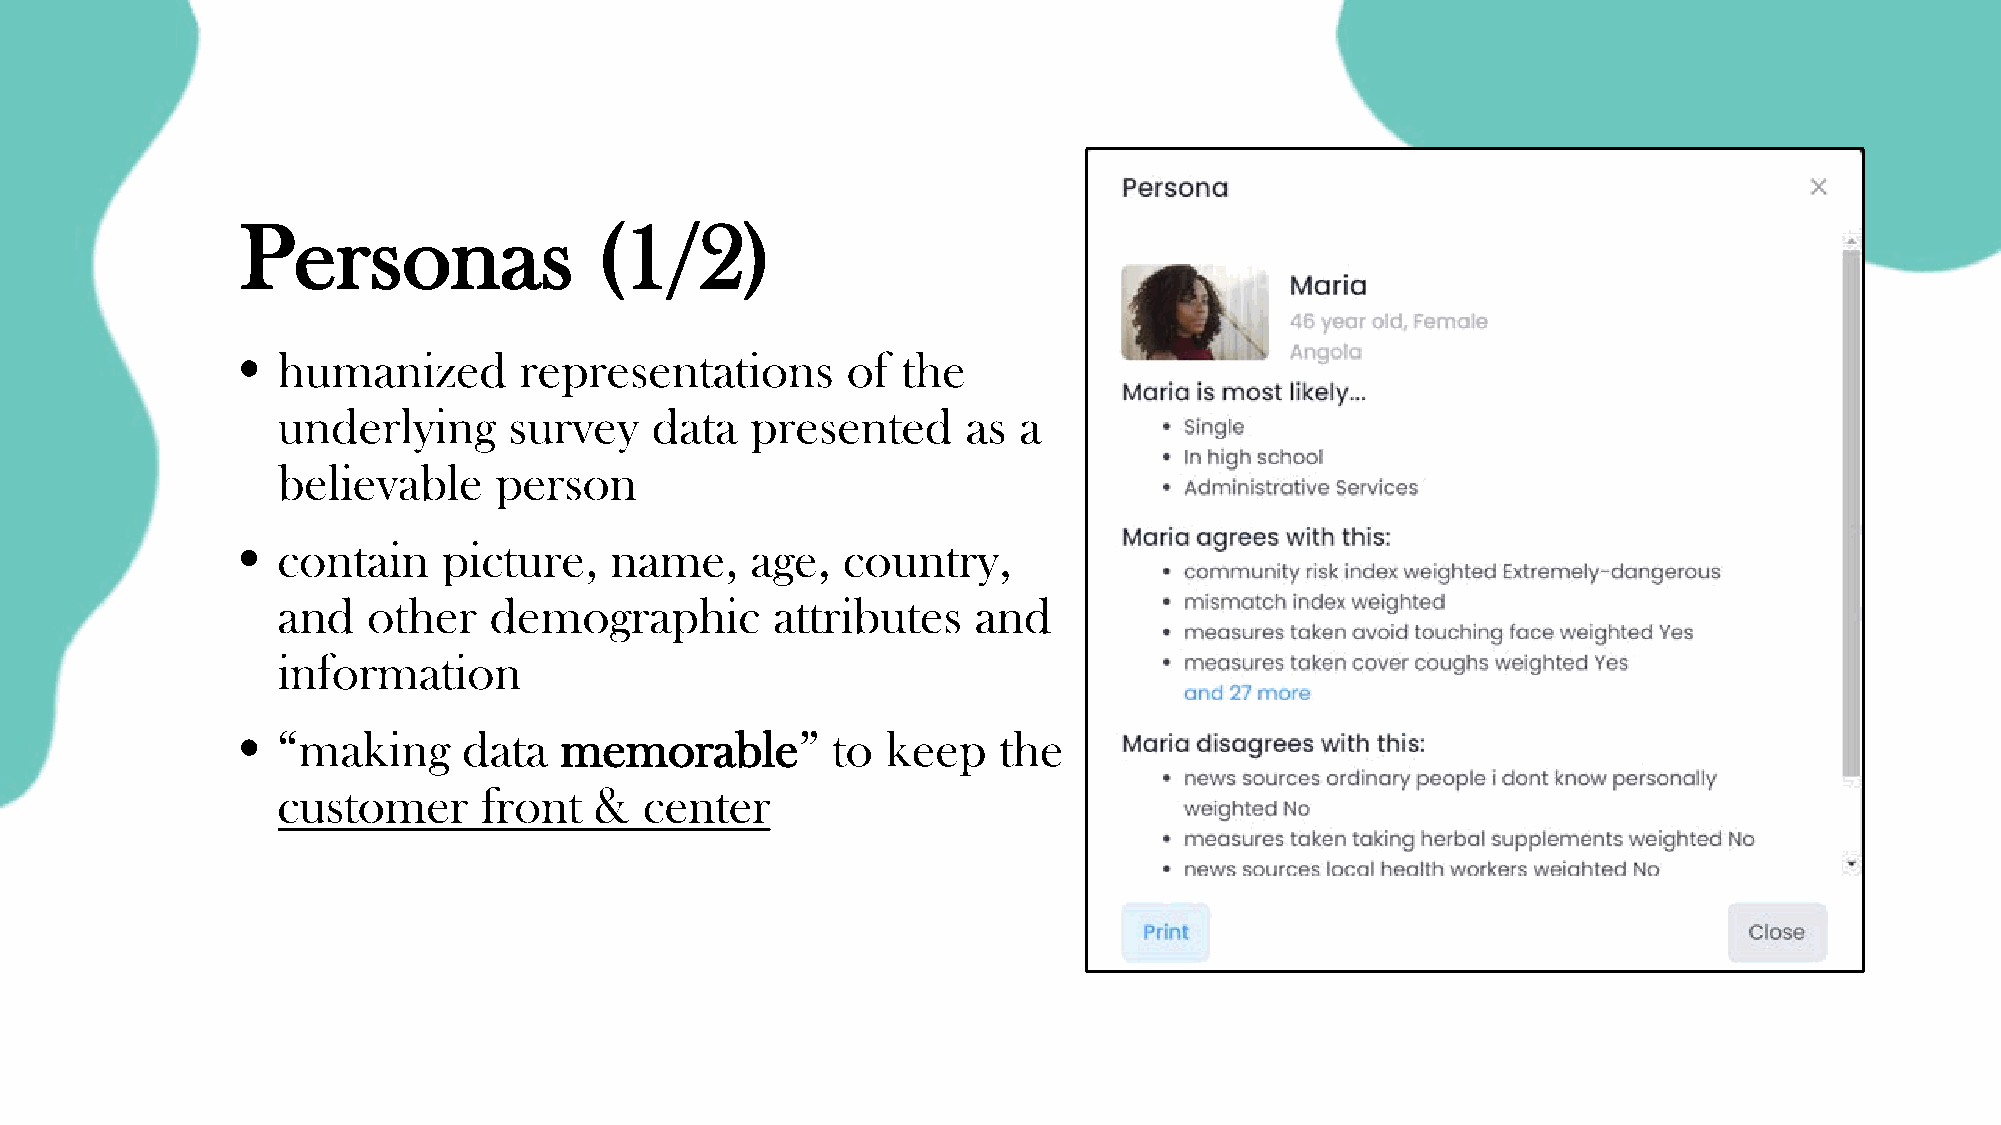
Personas               (1/2)
 • humanized       representations       of  the
 underlying      survey   data   presented     as a
 believable     person
 • contain    picture,   name,     age,  country,
 and   other   demographic        attributes    and
 information
 • “making      data  memorable”        to  keep   the
 customer      front  &   center